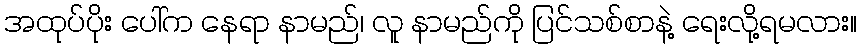
အထုပ်ပိုး ပေါ်က နေရာ နာမည်၊ လူ နာမည်ကို ပြင်သစ်စာနဲ့ ရေးလို့ရမလား။